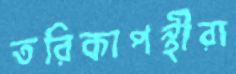
তরিকাপন্থীরা